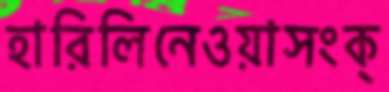
হারিলিনেওয়াসংক্